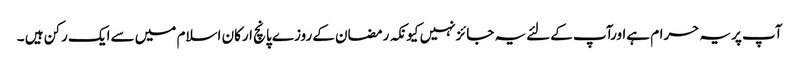
آپ پریہ حرام ہےاورآپ کےلئےیہ جائزنہیں کیونکہ رمضان کےروزے پانچ ارکان اسلام میں سےایک رکن ہیں ۔